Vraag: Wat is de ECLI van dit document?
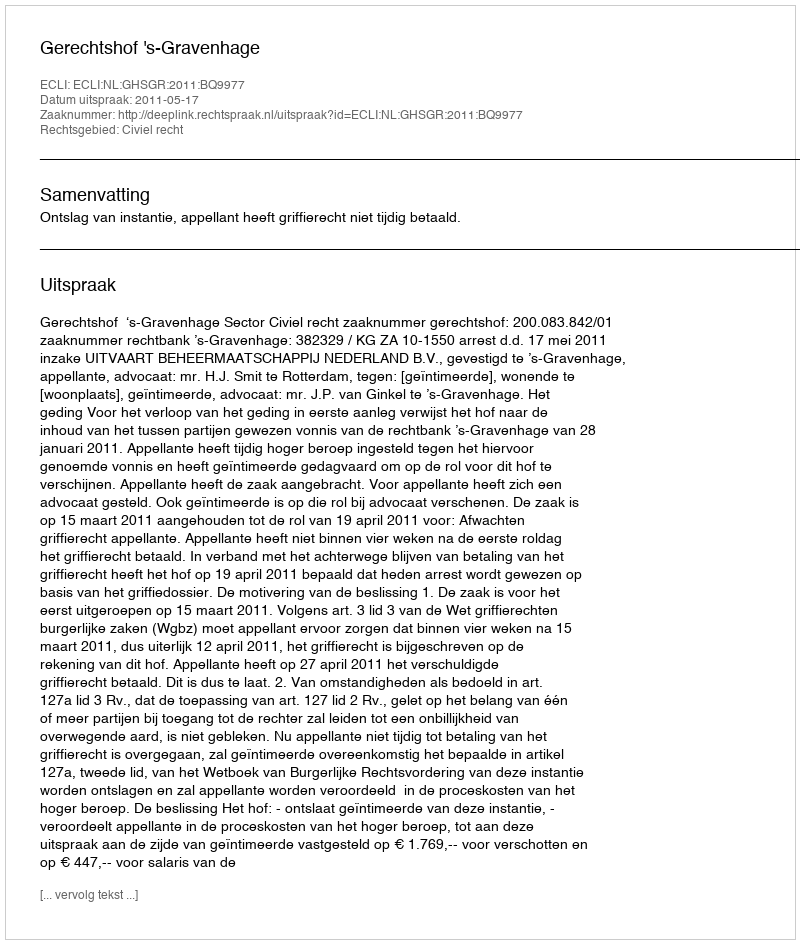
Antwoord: ECLI:NL:GHSGR:2011:BQ9977